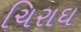
ચિરાઘ